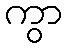
ကွာ